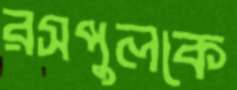
রসপুলকে